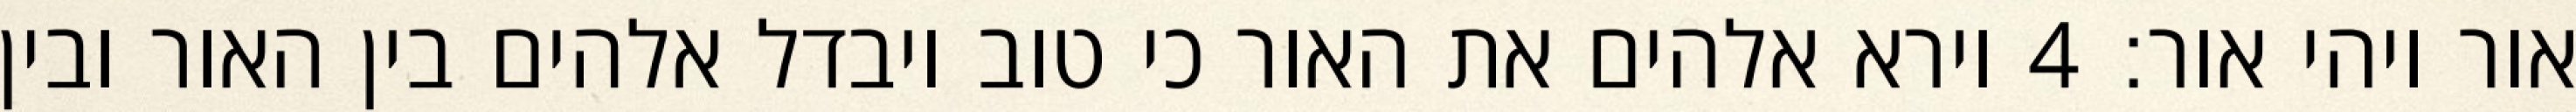
אור ויהי אור׃ ‎4‏ וירא אלהים את האור כי טוב ויבדל אלהים בין האור ובין